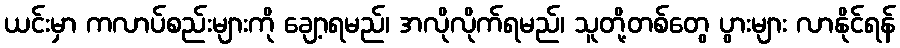
ယင်းမှာ ကလာပ်စည်းများကို ချော့ရမည်၊ အလိုလိုက်ရမည်၊ သူတို့တစ်တွေ ပွားများ လာနိုင်ရန်